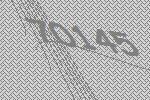
70145